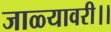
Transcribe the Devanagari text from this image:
जाळ्यावरी।।